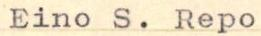
Eino S. Repo